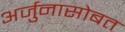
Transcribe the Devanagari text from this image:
अर्जुनासोबत